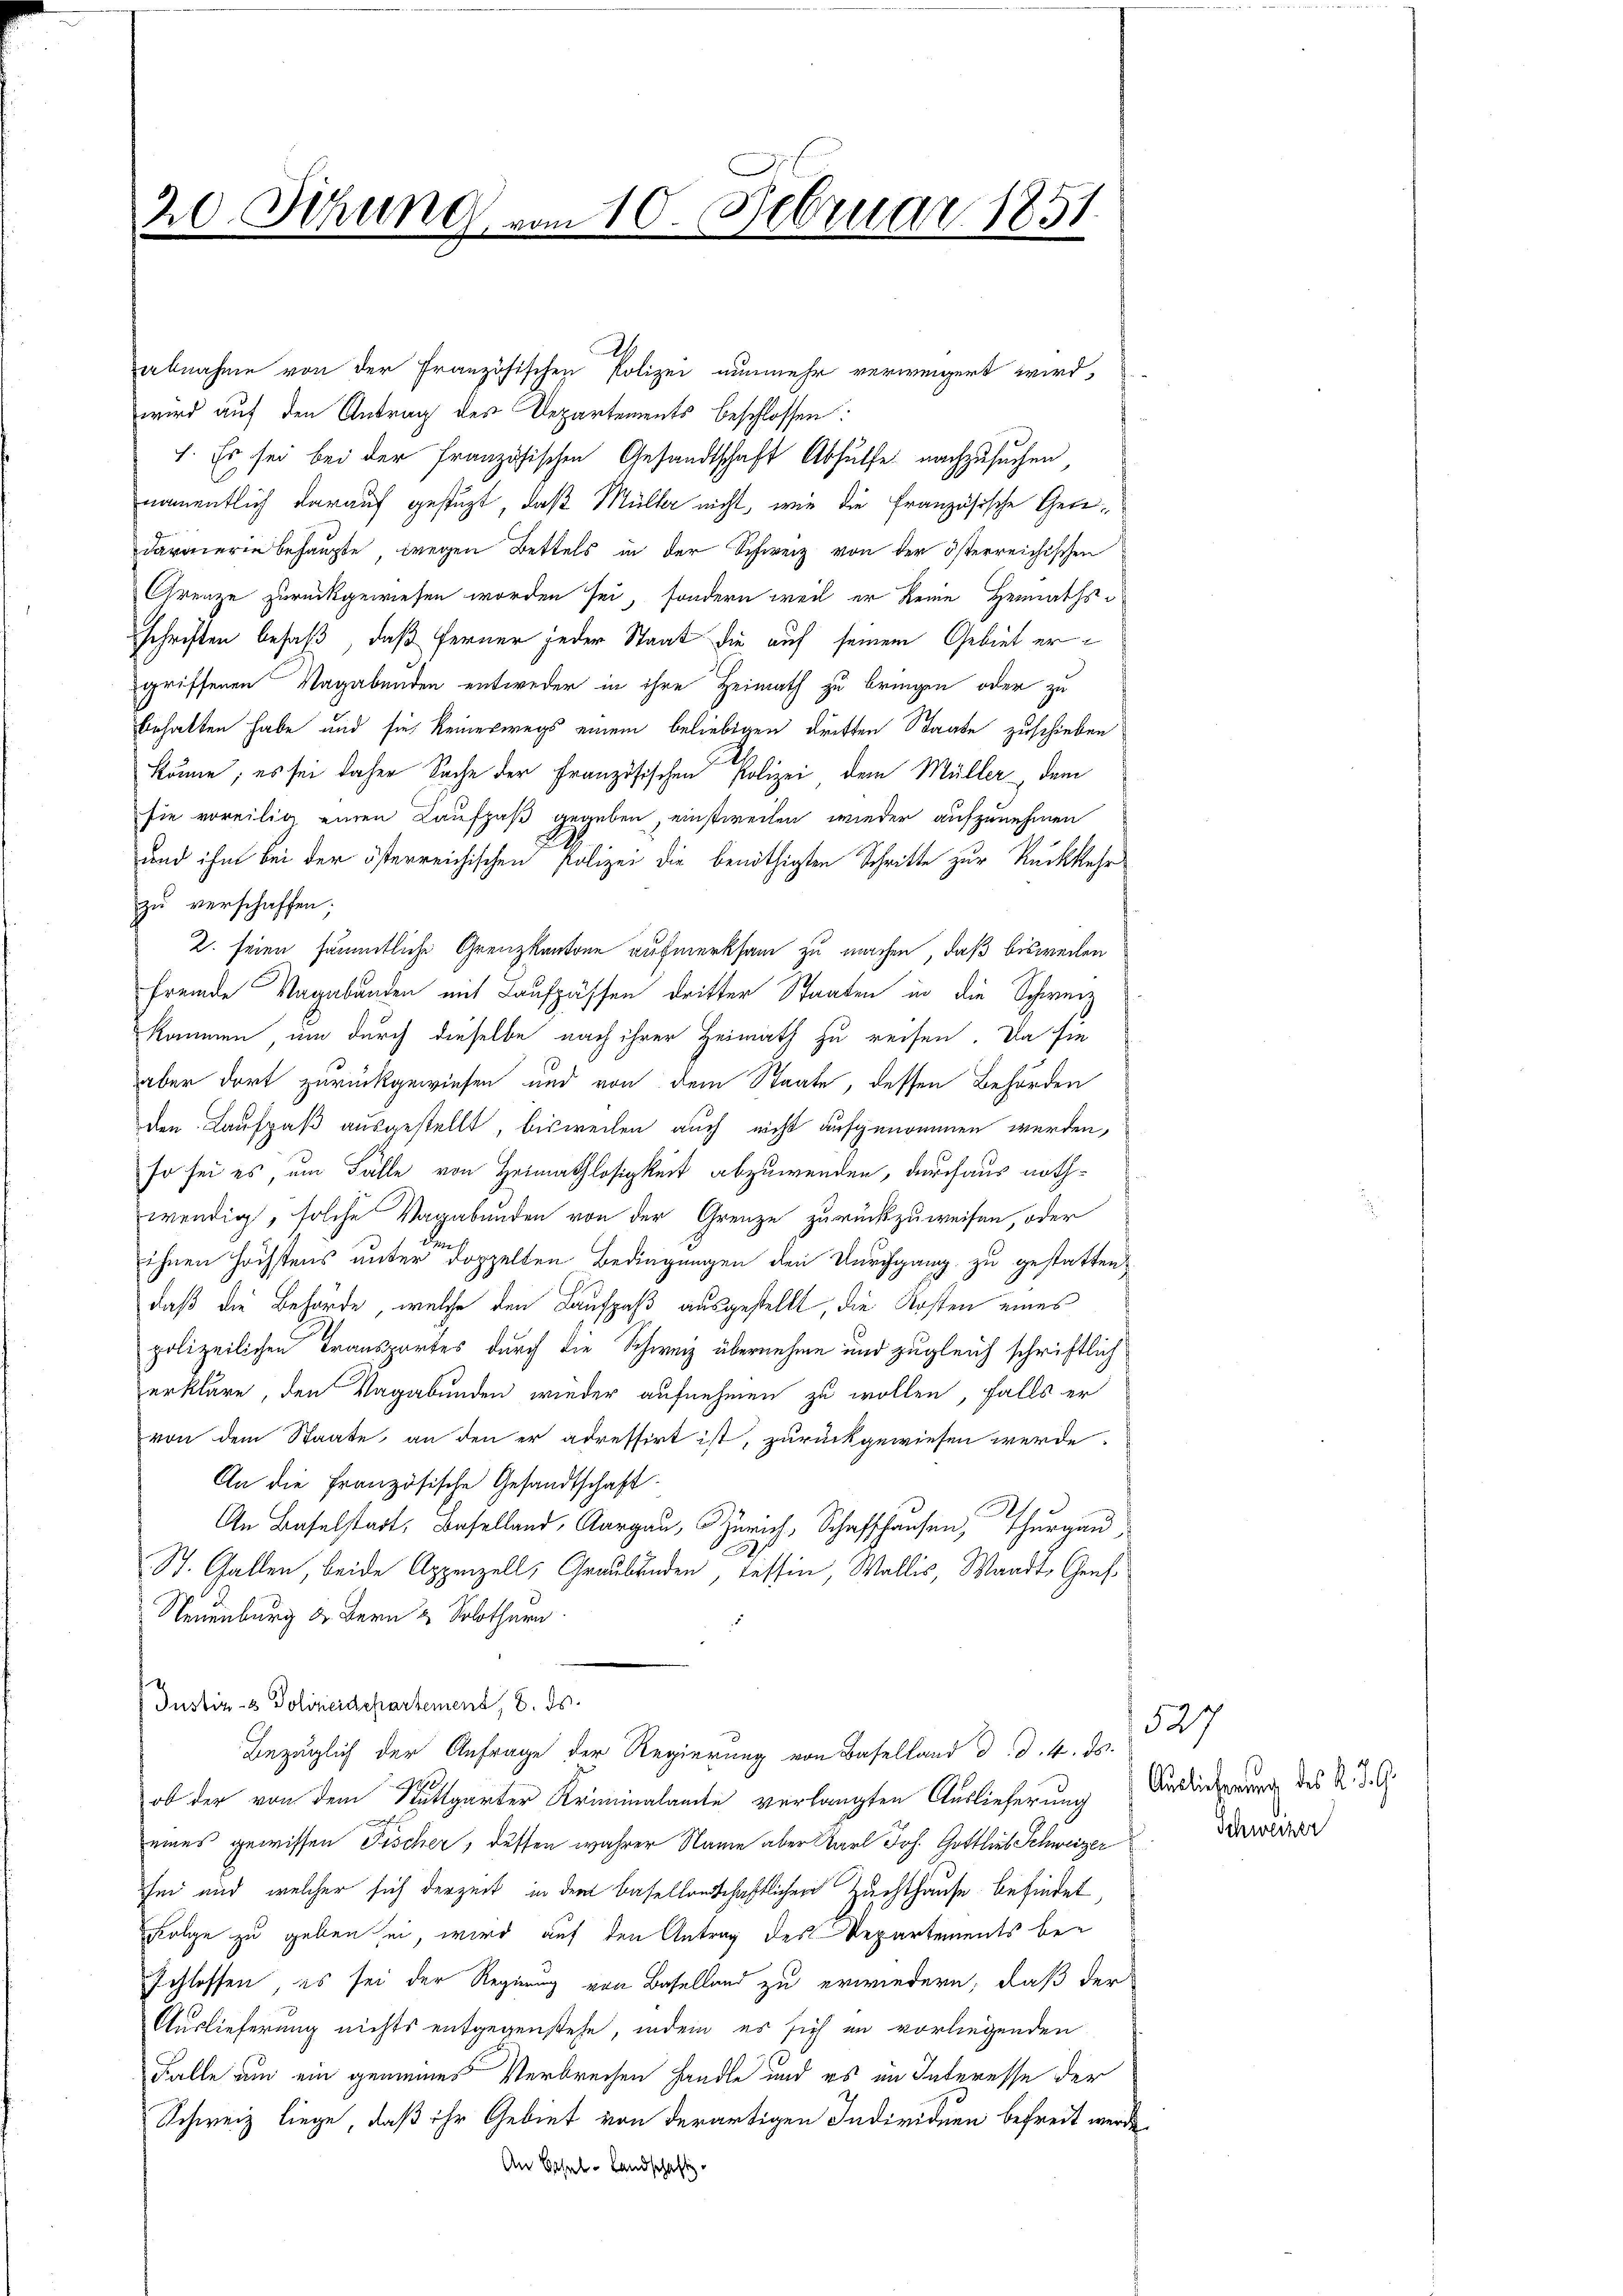
20. Sitzung

abnahme von der Französischen Polizei nunmehr verweigert wird,
wird auf den Antrag des Departements beschlossen:
7. Es sei bei der Französischen Gesandtschaft Abhülfe nachzusuchen,
namentlich darauf gestüzt, daß Müller nicht, wie die französische Genedarmieren behaupte, wegen Bettels in der Schweiz von der österreichischen
Grenze zurückgewiesen worden sei, sondern weil er keine Heimathsschriften besaß, daß ferner jeder Staat die auf seinem Gebiet ergriffenen Nagabenden entweder in ihre Heimath zu bringen oder zu
behalten habe und sie keineswegs einem beliebigen dritten Staate zuschieben
c
Stönne; es sei daher Sache der Französischen Polizei dem Müller dem
sie voreilig einen Kaufpaß gegeben, einstweilen wieder aufzunehmen
und ihm bei der österreichischen Polizei die benöthigten Schritte zur Rückkehr
zu verschaffen;
2. seien sämmtliche Grenzkantone aufmerksam zu machen, daß bisweilen
fremde Vagabunden mit Laufpassen dritter Staaten in die Schweiz
kommen, um durch dieselbe nach ihrer Heimath zu reisen. Da sie
aber dort zurückgewiesen und von dem Staate, dessen Behörden
den Laufpaß ausgestellt, bisweilen auch nicht aufgenommen werden,
so sei es, um Fälle von Heimathlosigkeit abzuwenden, durchaus nothwendig, solche Vagabunden von der Grenze zurückzuweisen, oder
ihnen höchstens unter doppelten Bedingungen den Durchgang zu gestatten,
daß die Behörde, welche den Laufpaß ausgestellt, die Kosten eines
polizeilichen Transportes durch die Schweiz übernehme und zugleich schriftlich
erkläre, den Vagabunden wieder aufnehmen zu wollen, falls er
von dem Staate, an den er adressirt ist, zurückgewiesen werde.
An die Französische Gesandtschaft
h
An Baselstadt, Baselland, Aargau, Zürich, Schaffhausen, Thurgau,
St. Gallen, beide Appenzell, Graubünden, Tessin, Wallis, Waadt Genf
Neuenburg der Bern & Solothurn.
Justiz- & Polizeidepartement, 8. ds.
Bezüglich der Anfrage der Regierung von Baselland d. d. 4. ds.
ob der von dem Stuttgarter Kriminalamte verlangten Auslieferung Auslieferung des K. J. A.
eines gewissen Fischer, dessen wahrer Name aber Karl Joh. Gottlieb Schweizer
fen und welcher sich derzeit in dem Basellandschaftlichen Zuchthause befindet,
Folge zu geben sei, wird auf den Antrag des Departements beschlossen, es sei der Regierung von Baselland zu erwiedern, daß der
Auslieferung nichts entgegenstehe, indem es sich in vorliegenden
Falle um ein gemeines Verbrechen handle und es im Interesse der
Schweiz liege, daß ihr Gebiet von derartigen Individuen befreit werde,
An Basel-Landschafts-

10. Februar 1851.

527
Schweizer